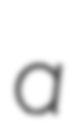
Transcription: a